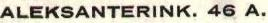
ALEKSANTERINK. 46 A.